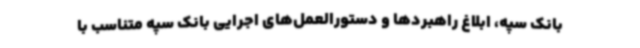
بانک سپه، ابلاغ راهبردها و دستورالعمل‌های اجرایی بانک سپه متناسب با